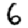
Digit: 6